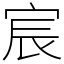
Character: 宸